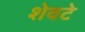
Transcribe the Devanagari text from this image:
शेवटे